Annual vaccination report of Bihar and Orissa - 1911-1928
Year: 1911
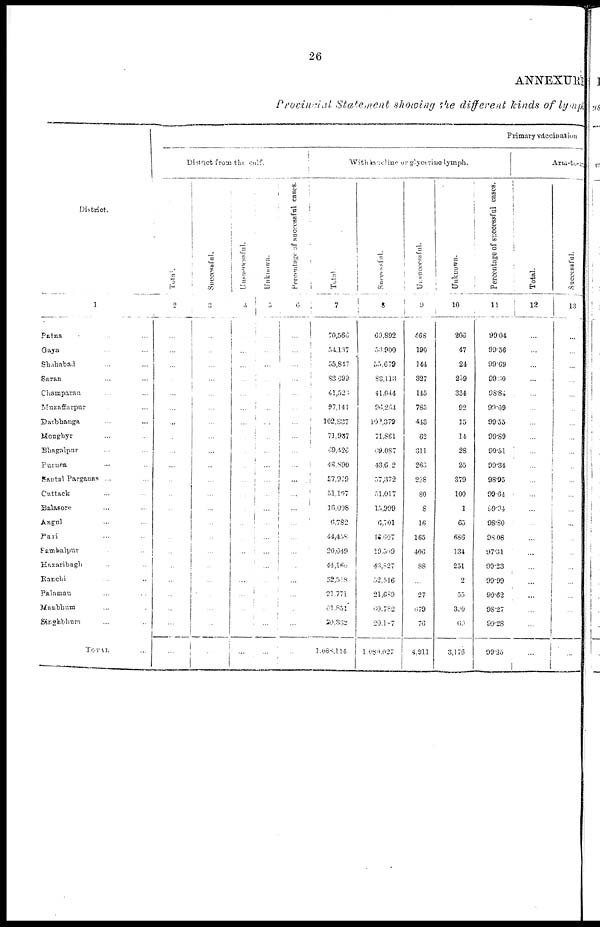
26
ANNEXURE
Provincial Statement showing the different kinds of lymph
District.
1
Patna ... ... ...
Gaya ... ... ...
Shahabad ... ...
Saran ... ...
Champaran ... ...
Muzaffarpur ... ...
Darbhanga ... ...
Monghyr ... ...
Bhagalpur ... ...
Purnea ... ...
Santal Parganas ...
Cuttack ... ...
Balasore ... ...
Angul ... ...
Puri ... ...
Sambalpur ...
Hazaribagh ... ...
Ranchi ... ...
Palamau ... ...
Manbhum ... ...
Singhbhum ... ...
TOTAL ...
Primary vaccination
District from the calf.
Total.
2
...
...
...
...
...
...
...
...
...
...
...
...
...
...
...
...
...
...
...
...
...
...
Successful.
3
...
...
...
...
...
...
...
...
...
...
...
...
...
...
...
...
...
...
...
...
...
...
Unsuccessful.
4
...
...
...
...
...
...
...
...
...
...
...
...
...
...
...
...
...
...
...
...
...
...
Unknown.
5
...
...
...
...
...
...
...
...
...
...
...
...
...
...
...
...
...
...
...
...
...
...
Percentage of successful cases.
6
...
...
...
...
...
...
...
...
...
...
...
...
...
...
...
...
...
...
...
...
...
...
With lanoline or glycerine lymph.
Total.
7
70,566
54,137
55,847
83,693
41,523
97,141
102,837
71,937
69,426
48,890
57,979
51,107
16,008
6,782
44,458
20,649
44,160
52,518
21,771
61,851
20,332
1,088,114
Successful
8
69,892
53,900
55,679
83,113
41,044
96,264
102,379
71,861
69,087
43,612
57,372
51,017
15,999
6,701
12,607
19,509
43,827
52,516
21,689
60,782
20,187
1,080,027
Unsuccessful.
9
468
190
144
327
145
785
443
62
311
263.
228
80
8
16
165
406
88
...
27
679
76
4,911
Unknown.
10
206
47
24
259
334
92
35
14
28
25
379
100
1
65
686
134
251
2
55
390
69
3,176
Percentage of successful cases.
11
99.04
99.56
99.69
99.30
98.84
99.09
99.55
99.89
99.51
99.34
98.95
99.64
99.94
98.80
98.08
97.31
99.23
99.99
99.62
98.27
99.28
99.25
Arm-to-arm
Total.
12
...
...
...
...
...
...
...
...
...
...
...
...
...
...
...
...
...
...
...
...
...
...
Successful.
13
...
...
...
...
...
...
...
...
...
...
...
...
...
...
...
...
...
...
...
...
...
...